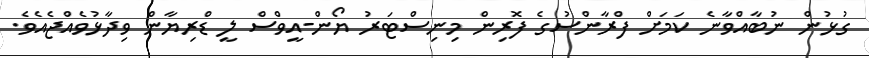
ގުޅުން ނުބާއްވާނެ ކަމަށް ފްރާންސުގެ ފޮރިން މިނިސްޓަރު ޔޯން-އީވްސް ލީ ޑްރިޔާން ވިދާޅުވެއްޖެއެވެ.